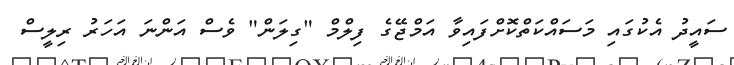
ސައީދު އެކުގައި މަސައްކަތްކޮށްފައިވާ އަމްޖޭގެ ފިލްމް "ގިލަން" ވެސް އަންނަ އަހަރު ރިލީސް